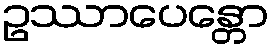
ဥဿာပေန္တော